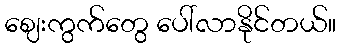
ဈေးကွက်တွေ ပေါ်လာနိုင်တယ်။